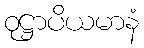
ဝုဋ္ဌာပိယမာနံ